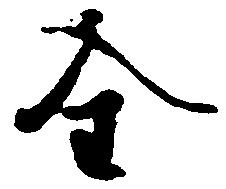
全